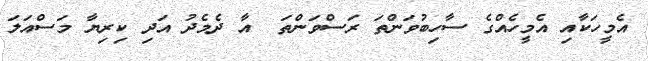
އެމީހަކާއި އެމީހެއްގެ ސާހިބުވަންތަ ރަސްވަންތަ  އާ ދެމެދު އަދި ކިރިޔާ މަސްއަލަ